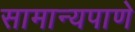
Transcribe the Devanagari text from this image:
सामान्यपाणे